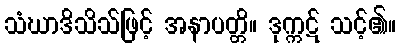
သံဃာဒိသိသ်ဖြင့် အနာပတ္တိ။ ဒုက္ကဋ် သင့်၏။